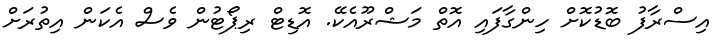
އިސްރާފު ބޮޑުކޮށް ހިންގާފައި އޮތް މަޝްރޫއެކޭ. އޮޑިޓް ރިޕޯޓުން ވެސް އެކަން އިތުރަށް